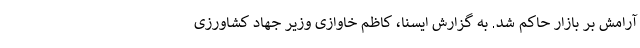
آرامش بر بازار حاکم شد. به گزارش ایسنا، کاظم خاوازی وزیر جهاد کشاورزی